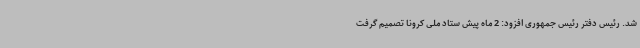
شد. رئیس دفتر رئیس جمهوری افزود: 2 ماه پیش ستاد ملی کرونا تصمیم گرفت